Vaccination in Bombay 1869-1873 - 1869-1873
Year: 1869
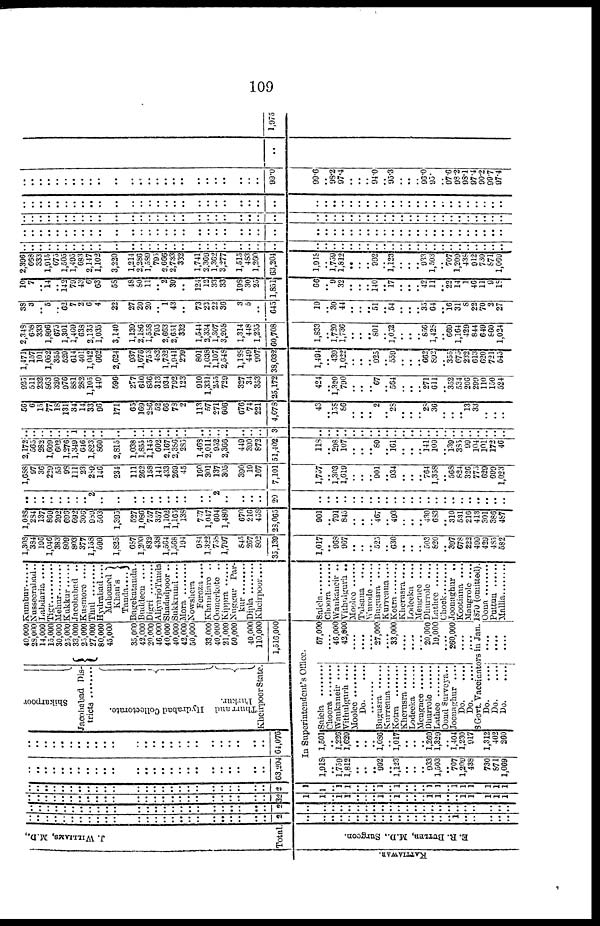
109
KATTIAWAR.
J. WILLIAMS, M.D.,
Total.
E. R. BUTLER, M.D., Surgeon.
..
..
..
..
..
..
..
..
..
..
..
..
..
..
..
..
..
..
..
..
..
..
..
..
..
2
..
..
.. ..
..
..
..
..
..
..
..
..
..
..
..
..
..
1
..
..
..
..
..
..
..
..
..
..
..
..
..
..
..
..
..
..
..
..
..
..
..
..
..
..
..
..
..
..
2
..
..
.. ..
..
..
..
..
..
..
..
..
..
..
..
..
..
..
..
..
..
..
..
..
..
..
..
..
..
..
..
..
..
..
..
..
..
..
..
..
..
..
..
..
..
..
..
..
32
1
1
.. 1
1
..
..
..
1
..
1
..
..
..
1
1
..
..
1 1
1
1
1
..
..
..
..
..
..
..
..
..
..
..
..
..
..
..
..
..
..
..
..
..
..
..
..
..
2
1
1
.. 1
1
..
..
..
1
..
1
..
..
.. 1
1
..
1
1
1
1
1
1
..
..
..
..
..
..
..
..
..
..
..
..
..
..
..
..
..
..
..
..
..
..
..
..
..
63,204
..
..
.. ..
..
..
.. ..
..
..
..
..
..
..
.. ..
..
..
..
..
..
..
..
..
..
64,076
Shikarpoor
Jacobabad Dis¬
trict. . . . . . . . . .
Hydrabad Collectorate.
Thurr
and
Parkur.
Kheirpoor State.
40,000
28,000
14,000
15,000
30,000
25,000
33,000
25,000
27,000
80,000
45,000
35,000
42,000
20,000
46,000
40,000
40,000
42,000
50,000
33,000
40,000
21,000
50,000
40,000
110,000
1,516,000
In Superintendent's Office.
1,918
..
1,759
l,812
..
..
.. 992
.. 1,123
..
..
.. 933
1,503
.. 707
1,209
438
730
871
1,069
1,501
.. 1,226
1,629
..
..
..
1,086
.. 1,017
.. ..
.. 1,269
1,329
.. 1,404
1,230
917
1,312
402
260
Saiela . . . . . . . .
Choora .......
Wankaneir ....
Vithulgurh ....
Moolee
Do. ....
........
Bugusra
Kurreana
Kotra
Kherusra
Lodeeka
Mengnce
Dhurrole
Lathee
Oond Surveya..
Joonaghur ....
Do. ....
Do. ....
57,000
.... 46,000
42,600
....
....
.... 27,000
.... 33,000
....
....
.... 20,000
19,000
.... 260,000
.... ....
Kumbur . . . . . .
Nusseerabad..
Labdaria ....
Tigr
Mehur
Kukkur
Jacobabad ..
Kusmore ....
Thul
Hydrabad....
Mahomed
Khan's
Tanda ....
Bagekatanda.
Buddeen ....
Digri
AliyarjoTanda
Shadadpoor ..
Sukkrund ....
Mora
Nowshera
Feroza ....
Khandiaro ..
Oomerkote ..
Kippra . . . . . .
Nuggur Par¬
Kur . . . . . . . .
Dipla . . . . . . .
Kheirpoor. . . .
Saiela
Choora
Wankaneir..
Vithulgurh ..
Moolee
Tulsana
....
Wurode
Bugusra ....
Kurreana....
Kotra
Kherusra ....
Lodeeka ....
Mengnee ....
Dhurrole ....
Lathee
Chock
Joonaghur ..
Kootiana ....
Mangrole ....
8 Govt. Vaccinators in Jan.1870 (omitted).
Do.
....
Do.
.....
Do.
.....
....
....
....
Oona .........
Puttun
Mallia
1,3083
384
196
1,046
383
809
803
377
1,153
599
1,835
687
1,200
832
438
1,564
1,568
194
984
1,322
758
1,797
845
267
802
35,139
1,017
.. 968
967
..
..
.. 525
.. 630
..
..
.. 503
820
.. 397
678
222
499
429
485
582
1,088
284
137
869
292
696
692
306
989
503
1,395
527
1,086
757
357
1,102
1,165
138
757
1,047
604
1,480
670
216
458
23,065
901
.. 791
845
..
..
.. 467
.. 493
.. ..
.. 430
683
.. 310
531
216
413
301
386
487
..
..
..
..
..
..
..
.. 2
..
..
..
..
..
..
..
..
..
..
.. 2
..
..
..
..
20
..
.. ..
..
..
..
..
..
..
..
..
..
..
..
..
..
..
..
..
..
..
..
..
1,688
97
36
229
55
98
111
23
289
146
234
111
262
158
141
433
269
45
160
301
137
305
390
19
167
7,101
1,757
.. 1,303
1,619
..
..
.. 901
.. 934
..
..
.. 764
1,358
.. 568
824
326
775
629
699
1,023
2,172
565
282
1,609
602
1,276
1,349
646
1,823
860
2,815
1,038
1,855
1,145
602
2,167
2,386
285
1,468
2,011
952
2,366
449
390
872
51,402
118
.. 298
107
..
.. .. 89
.. 161
..
..
.. 141
109
.. 139
385
99
104
101
172
46
..
..
..
..
..
..
1
..
..
..
..
..
..
..
..
..
..
..
..
..
..
..
..
..
..
3
..
.. ..
..
..
..
..
..
..
..
..
..
..
..
..
..
..
..
..
..
..
..
..
56
6
15
77
18
131
34
14
33
96
171
65
169
286
52
66
78
2
113
57
271
606
676
74
221
4,678
43
.. 158
86
.. ..
.. 2
.. 28
..
..
.. 28
36
..
.. .. 13
33
..
..
..
925
511
232
863
320
976
881
282
1,105
440
596
277
610
836
313
934
792
123
910
1,331
255
729
327
34
353
25,172
424
..
1,320
790
..
..
.. 67
.. 564
.. ..
.. 271
611
.. 352
534
206
299
110
150
524
1,471
157
101
1,052
355
529
614
401
1,042
662
2,624
937
1,676
753
482
1,732
1,941
209
801
1,038
1,107
2,548
1,188
449
907
38,032
1,491
.. 439
1,022
.. ..
.. 925
.. 559
..
.. .. 662
892
.. 355
675
232
613
620
721
545
2,348
658
333
1,896
675
1,301
1,409
638
2,135
1,035
3,140
1,139
2,186
1,558
795
2,663
2,651
332
1,544
3,334
1,307
3,208
1,314
448
1,235
60,708
1,833
.. 1,720
1,736
..
.. .. 801
..
1,052
.. ..
.. 856
1,428
.. 669
1,164
429
844
649
860
1,024
38
3
.. 5
.. 62
7
2
6
4
22
27
20
20
.. 1
43
..
73
23
22
36
3
5
..
645
19
.. 30
44
..
.. .. 51
.. 54
..
.. ..
35 64
.. 16
31
8
22
70
2 27
10
7
.. 14
.. 142
79
43
6
63
58
48
80
11
.. 2
39
..
124
12
33
33
198
30
25
1,851
66
.. 9
32
.. ..
..
140
..
17
.. ..
..
42 11
.. 22
14
1
46
11
9
18
2,396
658
333
1,915
675
1,505
1,495
683
2,147
1,102
3,220
1,214
2,286
1,589
795
2,666
2,733
332
1,741
2,369
1,362
3,277
1,515
483
1,260
63,204
1,918
.. 1,759
1,812
..
..
.. 992
..
1,123
..
.. ..
933 1,503
.. 707
1,209
438 912
730
871
1,069
..
..
..
..
..
..
..
..
..
..
..
..
..
..
..
..
..
..
..
..
..
..
..
..
..
..
..
.. ..
..
..
..
..
..
..
..
..
..
..
..
..
..
..
..
..
..
..
..
..
..
..
..
..
..
..
..
..
..
..
..
..
..
..
..
..
..
..
..
..
..
..
..
..
..
..
..
.. ..
..
..
..
..
..
..
..
..
..
..
..
..
..
..
..
..
..
..
..
..
..
..
..
..
..
..
..
..
..
..
..
..
..
..
..
..
..
..
..
..
..
..
..
..
..
..
..
.. ..
..
..
..
..
..
..
..
..
..
..
..
..
..
..
..
..
..
..
..
..
..
..
..
..
..
..
..
..
..
..
..
..
..
..
..
..
..
..
..
..
..
..
..
..
..
..
..
.. ..
..
..
..
..
..
..
..
..
..
..
..
..
..
..
..
..
..
..
..
..
..
..
..
..
..
..
..
..
..
..
..
..
..
..
..
..
..
..
..
..
..
..
..
..
..
99.0
99.6
.. 98.2
97.4
..
..
..
94.0
.. 95.3
.. ..
..
96.0 95.
.. 97.6
98.2
98.1
97.4 90.2
99.7 97.4
..
1,975